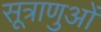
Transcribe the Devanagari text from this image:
सूत्राणुओं